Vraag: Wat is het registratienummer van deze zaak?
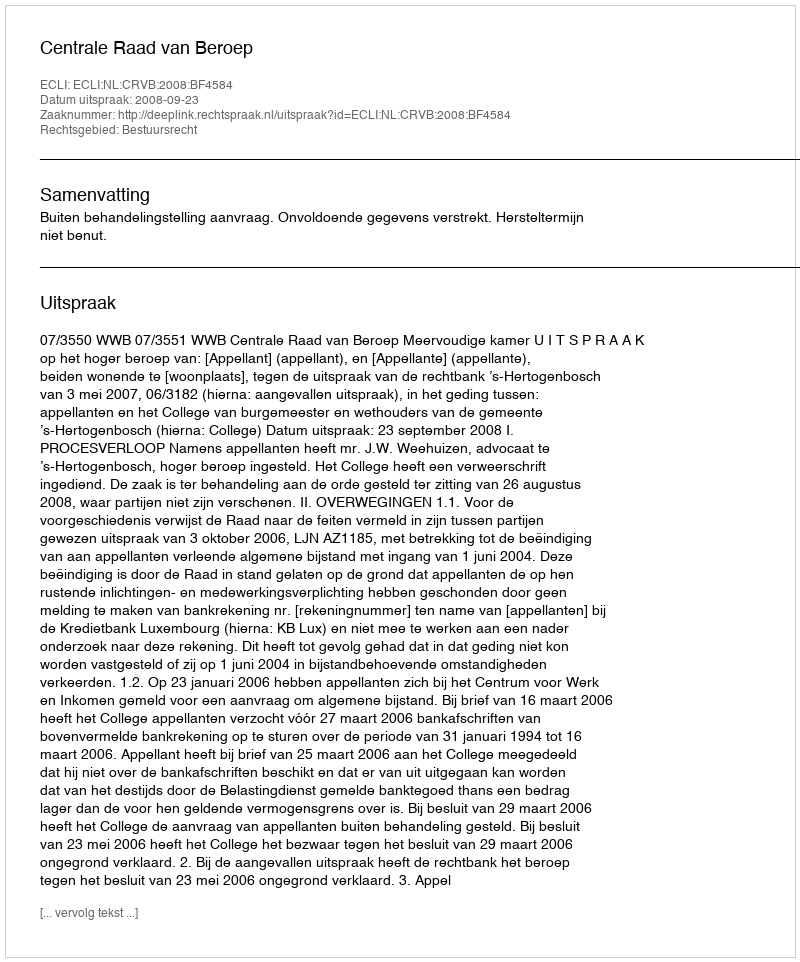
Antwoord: http://deeplink.rechtspraak.nl/uitspraak?id=ECLI:NL:CRVB:2008:BF4584